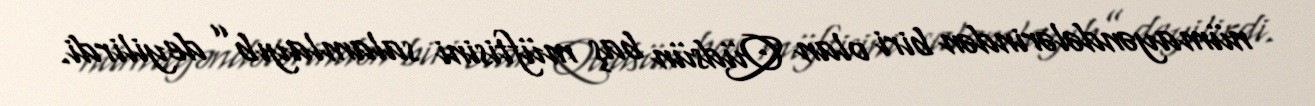
nümayəndələrindən biri olan Qüdsün baş müftisini salamlayıb” deyilirdi.